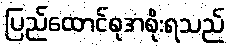
ပြည်ထောင်စုအစိုးရသည်